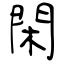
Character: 閑